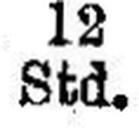
Std.